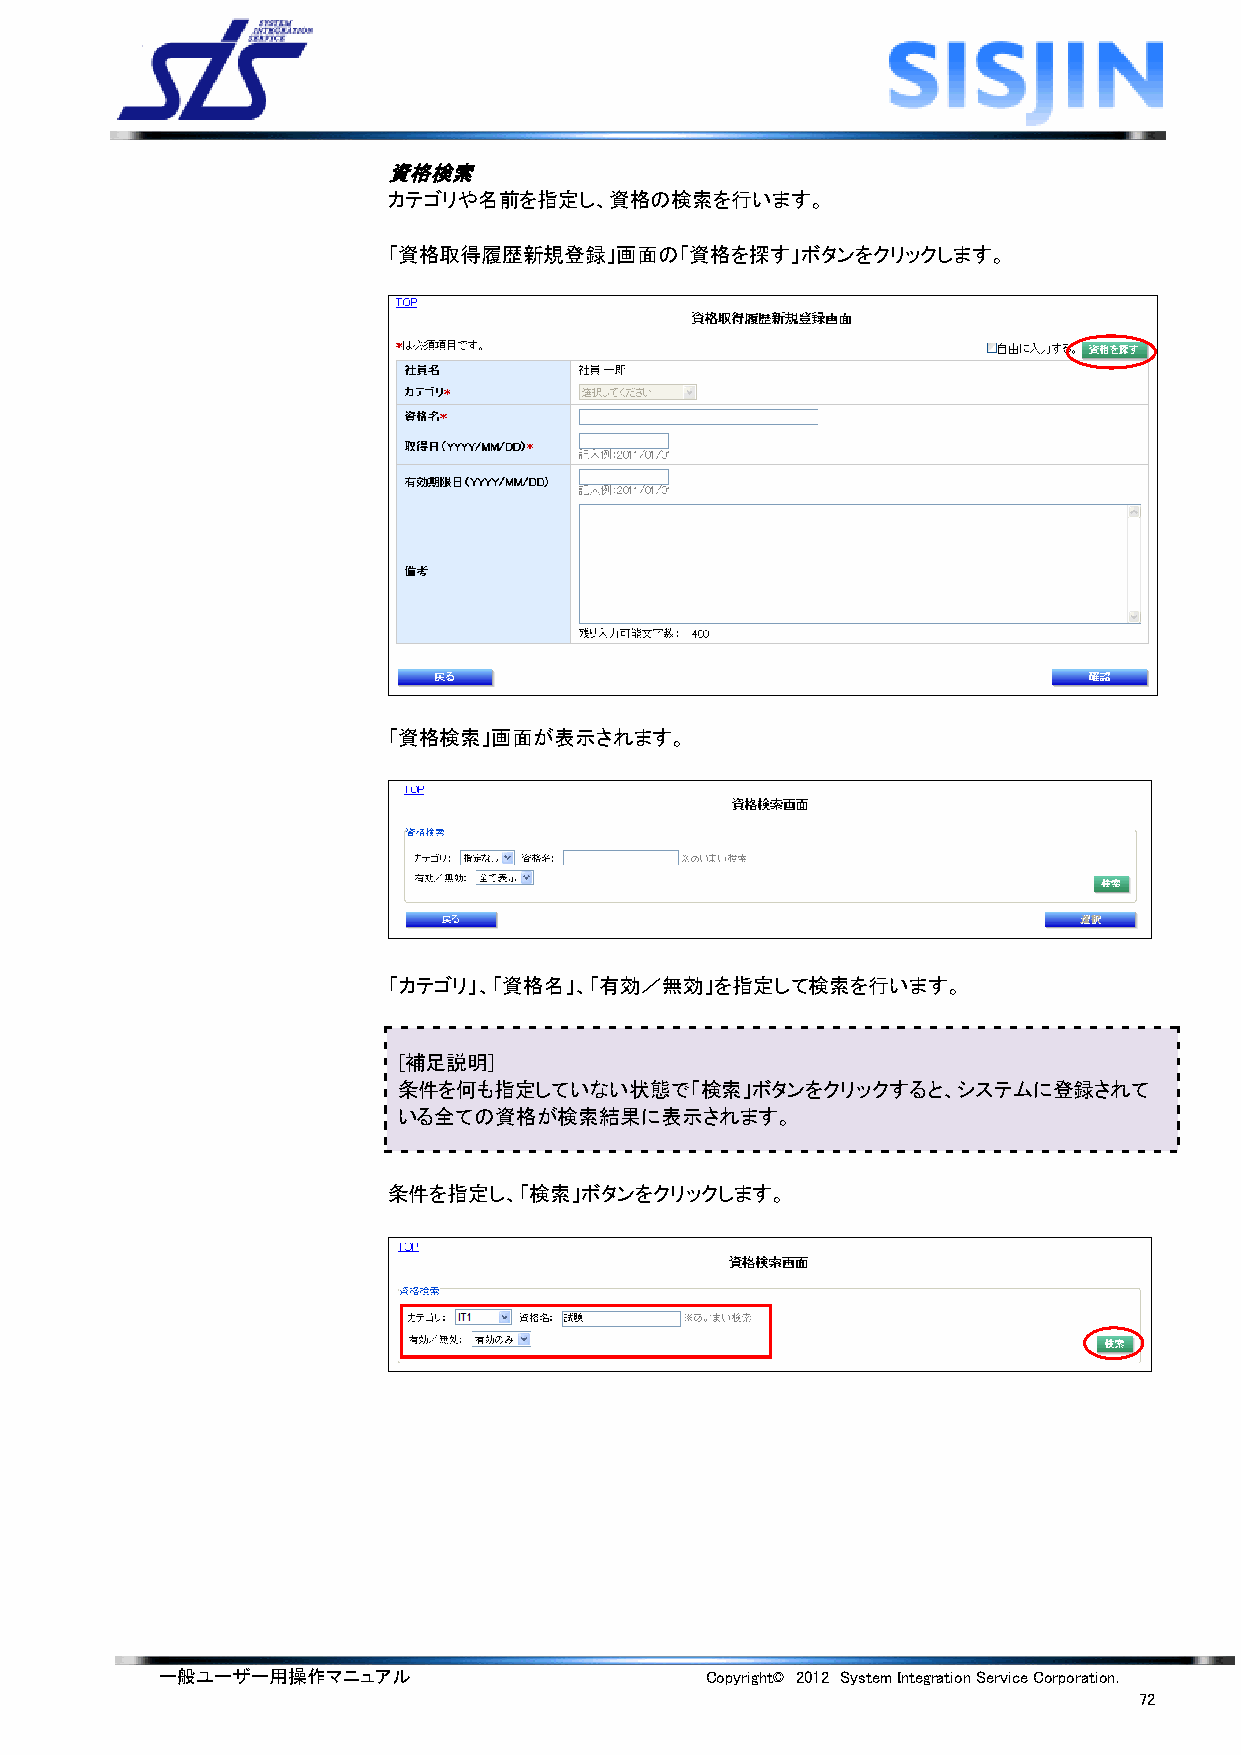
資格検索
 カテゴリや名前を指定し、資格の検索を行います。
 「資格取得履歴新規登録」画面の「資格を探す」ボタンをクリックします。
 「資格検索」画面が表示されます。
 「カテゴリ」、「資格名」、「有効／無効」を指定して検索を行います。
 [補足説明]
 条件を何も指定していない状態で「検索」ボタンをクリックすると、システムに登録されて
 いる全ての資格が検索結果に表示されます。
 条件を指定し、「検索」ボタンをクリックします。
 一般ユーザー用操作マニュアル                      Copyright© 2012 System Integration Service Corporation.
 72